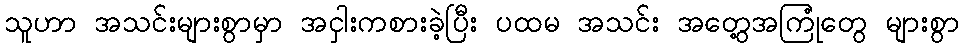
သူဟာ အသင်းများစွာမှာ အငှါးကစားခဲ့ပြီး ပထမ အသင်း အတွေ့အကြုံတွေ များစွာ